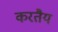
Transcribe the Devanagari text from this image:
करतैय